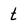
Character: t